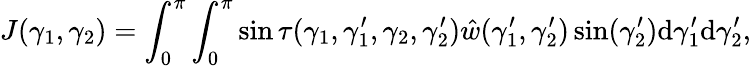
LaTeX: J(\gamma_{1},\gamma_{2})=\int_{0}^{\pi}\int_{0}^{\pi}\sin\tau(\gamma_{1},\gamma_{1}^{\prime},\gamma_{2},\gamma_{2}^{\prime})\hat{w}(\gamma_{1}^{\prime},\gamma_{2}^{\prime})\sin(\gamma_{2}^{\prime})\mathrm{d}\gamma_{1}^{\prime}\mathrm{d}\gamma_{2}^{\prime},